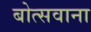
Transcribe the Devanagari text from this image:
बोत्‍सवाना